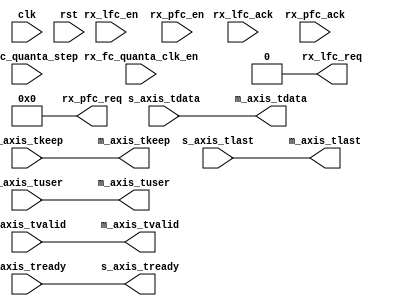
// SPDX-License-Identifier: BSD-2-Clause-Views
/*
 * Copyright (c) 2021-2023 The Regents of the University of California
 */

// Language: Verilog 2001

`resetall
`timescale 1ns / 1ps
`default_nettype none

/*
 * NIC layer 2 ingress processing
 */
module mqnic_l2_ingress #
(
    // Interface configuration
    parameter PFC_ENABLE = 0,
    parameter LFC_ENABLE = PFC_ENABLE,
    parameter MAC_CTRL_ENABLE = 0,

    // Streaming interface configuration
    parameter AXIS_DATA_WIDTH = 256,
    parameter AXIS_KEEP_WIDTH = AXIS_DATA_WIDTH/8,
    parameter AXIS_USER_WIDTH = 1,
    parameter AXIS_USE_READY = 0
)
(
    input  wire                        clk,
    input  wire                        rst,

    /*
     * Receive data input
     */
    input  wire [AXIS_DATA_WIDTH-1:0]  s_axis_tdata,
    input  wire [AXIS_KEEP_WIDTH-1:0]  s_axis_tkeep,
    input  wire                        s_axis_tvalid,
    output wire                        s_axis_tready,
    input  wire                        s_axis_tlast,
    input  wire [AXIS_USER_WIDTH-1:0]  s_axis_tuser,

    /*
     * Receive data output
     */
    output wire [AXIS_DATA_WIDTH-1:0]  m_axis_tdata,
    output wire [AXIS_KEEP_WIDTH-1:0]  m_axis_tkeep,
    output wire                        m_axis_tvalid,
    input  wire                        m_axis_tready,
    output wire                        m_axis_tlast,
    output wire [AXIS_USER_WIDTH-1:0]  m_axis_tuser,

    /*
     * Flow control
     */
    input  wire                        rx_lfc_en,
    output wire                        rx_lfc_req,
    input  wire                        rx_lfc_ack,
    input  wire [7:0]                  rx_pfc_en,
    output wire [7:0]                  rx_pfc_req,
    input  wire [7:0]                  rx_pfc_ack,
    input  wire [9:0]                  rx_fc_quanta_step,
    input  wire                        rx_fc_quanta_clk_en
);

if ((LFC_ENABLE || PFC_ENABLE) && MAC_CTRL_ENABLE) begin : mac_ctrl

    localparam MCF_PARAMS_SIZE = PFC_ENABLE ? 18 : 2;

    wire                          rx_mcf_valid;
    wire [47:0]                   rx_mcf_eth_dst;
    wire [47:0]                   rx_mcf_eth_src;
    wire [15:0]                   rx_mcf_eth_type;
    wire [15:0]                   rx_mcf_opcode;
    wire [MCF_PARAMS_SIZE*8-1:0]  rx_mcf_params;

    mac_ctrl_rx #(
        .DATA_WIDTH(AXIS_DATA_WIDTH),
        .KEEP_ENABLE(AXIS_KEEP_WIDTH > 1),
        .KEEP_WIDTH(AXIS_KEEP_WIDTH),
        .ID_ENABLE(0),
        .DEST_ENABLE(0),
        .USER_ENABLE(1),
        .USER_WIDTH(AXIS_USER_WIDTH),
        .USE_READY(AXIS_USE_READY),
        .MCF_PARAMS_SIZE(MCF_PARAMS_SIZE)
    )
    mac_ctrl_rx_inst (
        .clk(clk),
        .rst(rst),

        /*
         * AXI stream input
         */
        .s_axis_tdata(s_axis_tdata),
        .s_axis_tkeep(s_axis_tkeep),
        .s_axis_tvalid(s_axis_tvalid),
        .s_axis_tready(s_axis_tready),
        .s_axis_tlast(s_axis_tlast),
        .s_axis_tid(0),
        .s_axis_tdest(0),
        .s_axis_tuser(s_axis_tuser),

        /*
         * AXI stream output
         */
        .m_axis_tdata(m_axis_tdata),
        .m_axis_tkeep(m_axis_tkeep),
        .m_axis_tvalid(m_axis_tvalid),
        .m_axis_tready(m_axis_tready),
        .m_axis_tlast(m_axis_tlast),
        .m_axis_tid(),
        .m_axis_tdest(),
        .m_axis_tuser(m_axis_tuser),

        /*
         * MAC control frame interface
         */
        .mcf_valid(rx_mcf_valid),
        .mcf_eth_dst(rx_mcf_eth_dst),
        .mcf_eth_src(rx_mcf_eth_src),
        .mcf_eth_type(rx_mcf_eth_type),
        .mcf_opcode(rx_mcf_opcode),
        .mcf_params(rx_mcf_params),
        .mcf_id(),
        .mcf_dest(),
        .mcf_user(),

        /*
         * Configuration
         */
        .cfg_mcf_rx_eth_dst_mcast(48'h01_80_C2_00_00_01),
        .cfg_mcf_rx_check_eth_dst_mcast(1'b1),
        .cfg_mcf_rx_eth_dst_ucast(48'd0),
        .cfg_mcf_rx_check_eth_dst_ucast(1'b0),
        .cfg_mcf_rx_eth_src(48'd0),
        .cfg_mcf_rx_check_eth_src(1'b0),
        .cfg_mcf_rx_eth_type(16'h8808),
        .cfg_mcf_rx_opcode_lfc(16'h0001),
        .cfg_mcf_rx_check_opcode_lfc(rx_lfc_en),
        .cfg_mcf_rx_opcode_pfc(16'h0101),
        .cfg_mcf_rx_check_opcode_pfc(rx_pfc_en != 0),
        .cfg_mcf_rx_forward(1'b0),
        .cfg_mcf_rx_enable(rx_lfc_en || rx_pfc_en),

        /*
         * Status
         */
        .stat_rx_mcf()
    );

    mac_pause_ctrl_rx #(
        .MCF_PARAMS_SIZE(18),
        .PFC_ENABLE(PFC_ENABLE)
    )
    mac_pause_ctrl_rx_inst (
        .clk(clk),
        .rst(rst),

        /*
         * MAC control frame interface
         */
        .mcf_valid(rx_mcf_valid),
        .mcf_eth_dst(rx_mcf_eth_dst),
        .mcf_eth_src(rx_mcf_eth_src),
        .mcf_eth_type(rx_mcf_eth_type),
        .mcf_opcode(rx_mcf_opcode),
        .mcf_params(rx_mcf_params),

        /*
         * Pause (IEEE 802.3 annex 31B)
         */
        .rx_lfc_en(rx_lfc_en),
        .rx_lfc_req(rx_lfc_req),
        .rx_lfc_ack(rx_lfc_ack),

        /*
         * Priority Flow Control (PFC) (IEEE 802.3 annex 31D)
         */
        .rx_pfc_en(rx_pfc_en),
        .rx_pfc_req(rx_pfc_req),
        .rx_pfc_ack(rx_pfc_ack),

        /*
         * Configuration
         */
        .cfg_rx_lfc_opcode(16'h0001),
        .cfg_rx_lfc_en(rx_lfc_en),
        .cfg_rx_pfc_opcode(16'h0101),
        .cfg_rx_pfc_en(rx_pfc_en),
        .cfg_quanta_step(rx_fc_quanta_step),
        .cfg_quanta_clk_en(rx_fc_quanta_clk_en),

        /*
         * Status
         */
        .stat_rx_lfc_pkt(),
        .stat_rx_lfc_xon(),
        .stat_rx_lfc_xoff(),
        .stat_rx_lfc_paused(),
        .stat_rx_pfc_pkt(),
        .stat_rx_pfc_xon(),
        .stat_rx_pfc_xoff(),
        .stat_rx_pfc_paused()
    );

end else begin

    assign m_axis_tdata = s_axis_tdata;
    assign m_axis_tkeep = s_axis_tkeep;
    assign m_axis_tvalid = s_axis_tvalid;
    assign s_axis_tready = m_axis_tready;
    assign m_axis_tlast = s_axis_tlast;
    assign m_axis_tuser = s_axis_tuser;

    assign rx_lfc_req = 1'b0;
    assign rx_pfc_req = 8'd0;

end

endmodule

`resetall